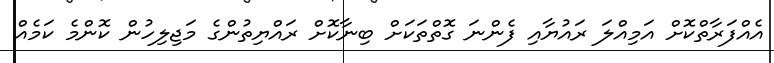
އެއްފަރާތްކޮށް އަމިއްލަ ރައުޔާއި ފެންނަ ގޮތްތަކަށް ބިނާކޮށް ރައްޔިތުންގެ މަޖިލިހުން ކޮންމެ ކަމެއް